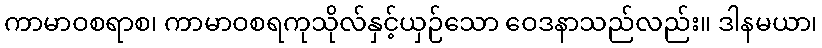
ကာမာဝစရာစ၊ ကာမာဝစရကုသိုလ်နှင့်ယှဉ်သော ဝေဒနာသည်လည်း။ ဒါနမယာ၊